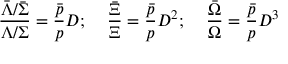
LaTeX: \frac { \bar { \Lambda } / \bar { \Sigma } } { \Lambda / \Sigma } = \frac { \bar { p } } { p } D ; \; \; \; \; \frac { \bar { \Xi } } { \Xi } = \frac { \bar { p } } { p } D ^ { 2 } ; \; \; \; \; \frac { \bar { \Omega } } { \Omega } = \frac { \bar { p } } { p } D ^ { 3 }